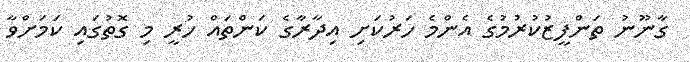
ގާނޫނު ތަންފީޒުކުރުމުގެ އެންމެ ހަރުކަށި އިދާރާގެ ކަންތައް ހުރީ މި ގޮތުގައި ކަމަށްވާ